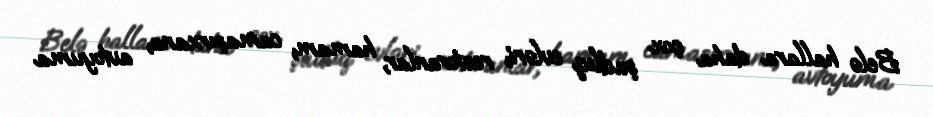
Belə hallara daha çox şadlıq evləri, restoranlar, hamam, camaşırxana, avtoyuma